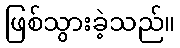
ဖြစ်သွားခဲ့သည်။